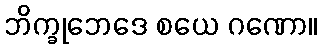
ဘိက္ခုဘေဒေ စယေ ဂဏော။